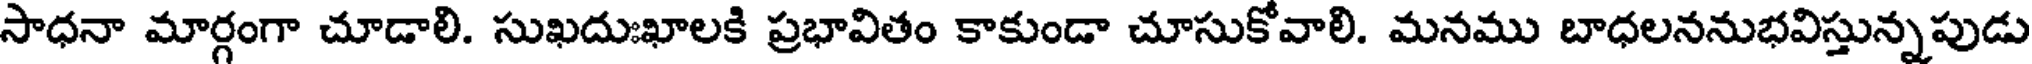
సాధనా మార్గంగా చూడాలి. సుఖదుఃఖాలకి ప్రభావితం కాకుండా చూసుకోవాలి. మనము బాధలననుభవిస్తున్నపుడు